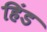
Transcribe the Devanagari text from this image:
हिंड